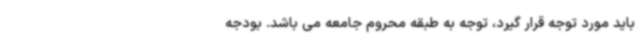
باید مورد توجه قرار گیرد، توجه به طبقه محروم جامعه می باشد. بودجه